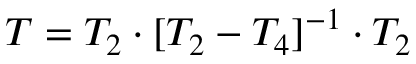
T = T _ { 2 } \cdot [ T _ { 2 } - T _ { 4 } ] ^ { - 1 } \cdot T _ { 2 }